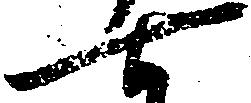
七